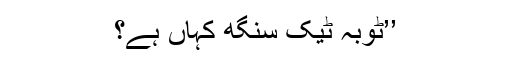
’’ٹوبہ ٹیک سنگھ کہاں ہے؟